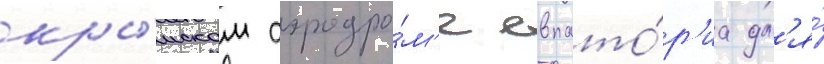
кры́мском аэродро́м'е евпато́р'иа дл'я́